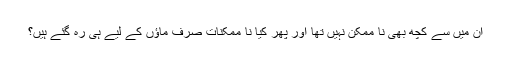
ان میں سے کچھ بھی نا ممکن نہیں تھا اور پھر کیا نا ممکنات صرف ماؤں کے لیے ہی رہ گئے ہیں؟